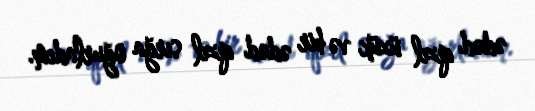
ədəd qızıl üzük və bir ədəd qızıl sırğa oğurladım.